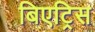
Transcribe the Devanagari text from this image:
बिएट्रिस